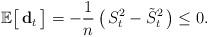
LaTeX: \begin{align*}\mathbb{E}\big[\,\textbf{d}_{t}\,\big]=-\frac{1}{n}\,\big(\,S_{t}^{2}-\tilde{S}_{t}^{2}\,\big)\leq 0.\end{align*}